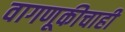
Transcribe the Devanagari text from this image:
वागणूकीचाही